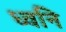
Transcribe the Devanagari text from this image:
ध्‍वनि